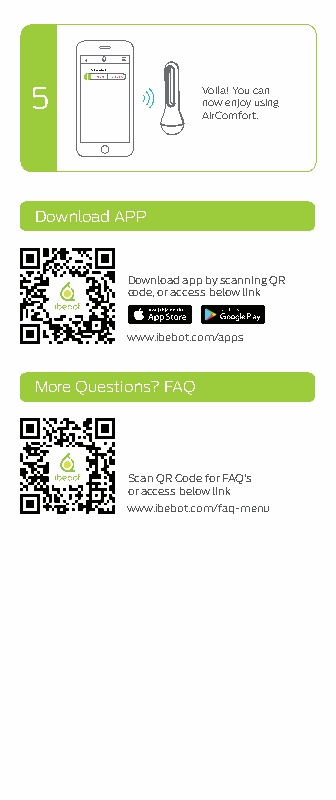
AirComfort
 30.5°C 85.8%
 Voila! You can
 now enjoy using
 AirComfort.
 Download APP
 Download app by scanning QR
 code, or access below link
 www.ibebot.com/apps
 More Questions? FAQ
 Scan QR Code for FAQ’s
 or access below link
 www.ibebot.com/faq-menu